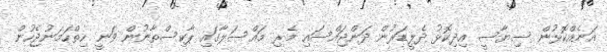
އަނެއްކޮޅުން ސިޔާސީ އިދިކޮޅު ދެލީޑަރުން ދަންޖައްސައި މެރި މައްސަލާގައި ޕާކިސްތާނުން ވަނީ ހިތްހަމަނުޖެހުން